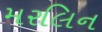
મરલિન